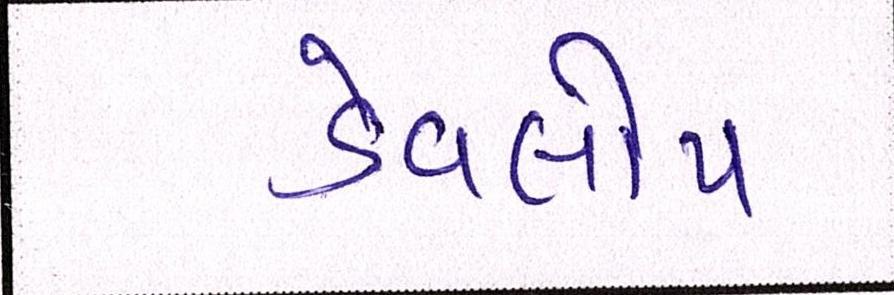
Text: ડેવલોપ